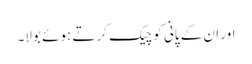
اور ان کے پانی کو چیک کرتے ہوئے بولا۔